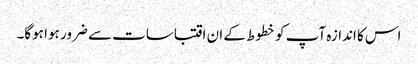
اس کا اندازہ آپ کو خطوط کے ان اقتباسات سے ضرور ہوا ہوگا۔